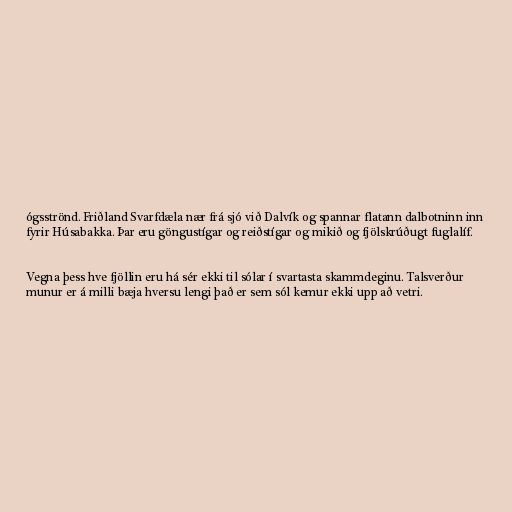
ógsströnd. Friðland Svarfdæla nær frá sjó við Dalvík og spannar flatann dalbotninn inn
fyrir Húsabakka. Þar eru göngustígar og reiðstígar og mikið og fjölskrúðugt fuglalíf.

Vegna þess hve fjöllin eru há sér ekki til sólar í svartasta skammdeginu. Talsverður
munur er á milli bæja hversu lengi það er sem sól kemur ekki upp að vetri.